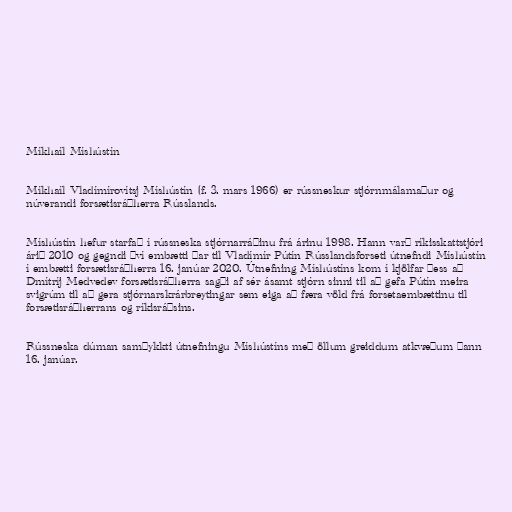
Míkhaíl Míshústín

Míkhaíl Vladímírovítsj Míshústín (f. 3. mars 1966) er rússneskur stjórnmálamaður og
núverandi forsætisráðherra Rússlands.

Míshústín hefur starfað í rússneska stjórnarráðinu frá árinu 1998. Hann varð ríkisskattstjóri
árið 2010 og gegndi því embætti þar til Vladímír Pútín Rússlandsforseti útnefndi Míshústín
í embætti forsætisráðherra 16. janúar 2020. Útnefning Míshústíns kom í kjölfar þess að
Dmítríj Medvedev forsætisráðherra sagði af sér ásamt stjórn sinni til að gefa Pútín meira
svigrúm til að gera stjórnarskrárbreytingar sem eiga að færa völd frá forsetaembættinu til
forsætisráðherrans og ríkisráðsins.

Rússneska dúman samþykkti útnefningu Míshústíns með öllum greiddum atkvæðum þann
16. janúar.